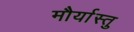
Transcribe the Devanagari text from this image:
मौर्यास्तु